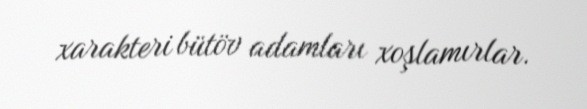
xarakteri bütöv adamları xoşlamırlar.